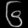
Digit: ၆